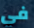
في